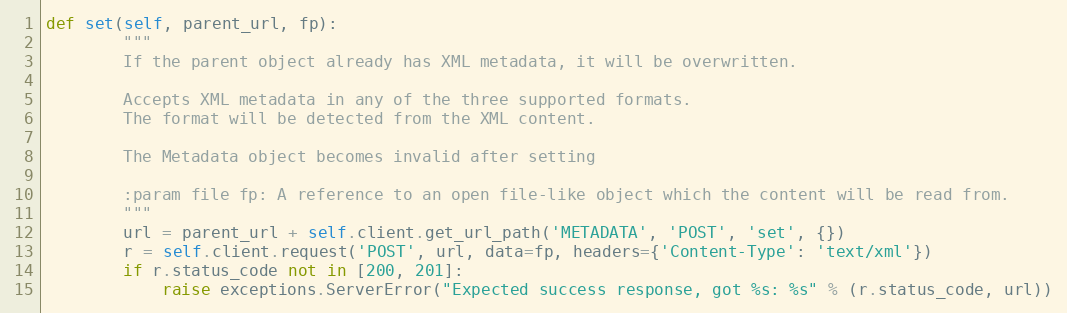
Language: Python
def set(self, parent_url, fp):
        """
        If the parent object already has XML metadata, it will be overwritten.

        Accepts XML metadata in any of the three supported formats.
        The format will be detected from the XML content.

        The Metadata object becomes invalid after setting

        :param file fp: A reference to an open file-like object which the content will be read from.
        """
        url = parent_url + self.client.get_url_path('METADATA', 'POST', 'set', {})
        r = self.client.request('POST', url, data=fp, headers={'Content-Type': 'text/xml'})
        if r.status_code not in [200, 201]:
            raise exceptions.ServerError("Expected success response, got %s: %s" % (r.status_code, url))